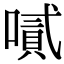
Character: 𠽬